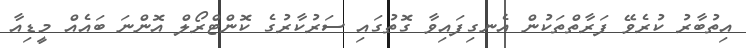
އިތުބާރު ކުރެވޭ ފަރާތްތަކުން އެނގިފައިވާ ގޮތުގައި ސަރުކާރުގެ ކޮންޓްރޯލް އޮންނަ ބައެއް މީޑިއާ